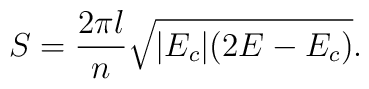
S =\frac{2\pi l}{n}\sqrt{|E_c|(2E-E_c)}.